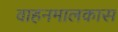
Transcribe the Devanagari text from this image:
वाहनमालकास